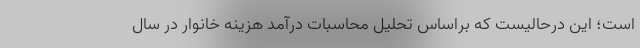
است؛ این درحالیست که براساس تحلیل محاسبات درآمد هزینه خانوار در سال